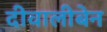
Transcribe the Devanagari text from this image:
दीवालीबेन